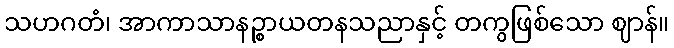
သဟဂတံ၊ အာကာသာနဉ္စာယတနသညာနှင့် တကွဖြစ်သော ဈာန်။